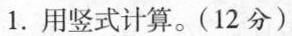
1.用竖式计算。(12分)